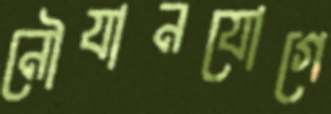
নৌযানযোগে